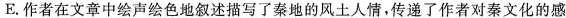
E.作者在文章中绘声绘色地叙述描写了秦地的风土人情,传递了作者对秦文化的感